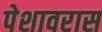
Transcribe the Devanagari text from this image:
पेशावरास